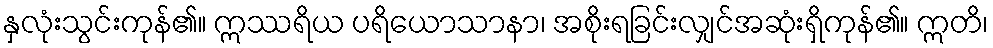
နှလုံးသွင်းကုန်၏။ ဣဿရိယ ပရိယောသာနာ၊ အစိုးရခြင်းလျှင်အဆုံးရှိကုန်၏။ ဣတိ၊